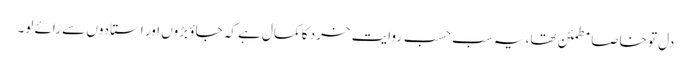
دل تو خاصا مطمئن تھا، یہ سب حسب روایت خرد کا کمال ہے کہ جاؤ بڑوں اور استادوں سے رائے لو۔